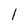
Character: 1